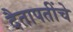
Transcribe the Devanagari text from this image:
दैतापतींचे